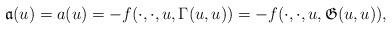
LaTeX: \begin{align*}\mathfrak{a}(u) = a(u)=-f(\cdot,\cdot,u,\Gamma(u,u))=-f(\cdot,\cdot,u,\mathfrak{G}(u,u)),\end{align*}